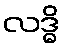
လဒ္ဓိ